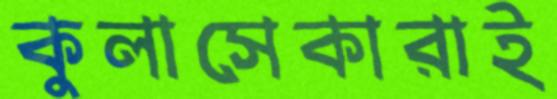
কুলাসেকারাই